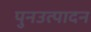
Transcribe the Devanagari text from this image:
पुनउत्पादन